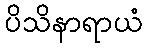
ပိသိနာရာယံ